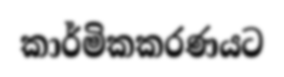
කාර්මිකකරණයට